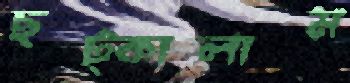
ছট্‌কালাম